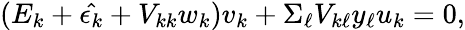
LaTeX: (E_{k}+\hat{\epsilon_{k}}+V_{kk}w_{k})v_{k}+\Sigma_{\ell}V_{k\ell}y_{\ell}u_{k}=0,